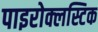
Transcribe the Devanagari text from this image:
पाइरोक्लस्टिक